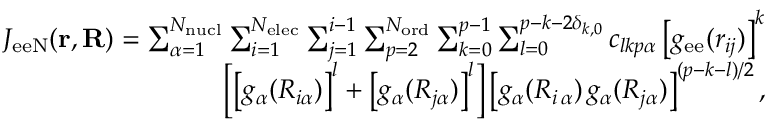
\begin{array} { r } { J _ { \mathrm { e e N } } ( \mathbf { r } , \mathbf { R } ) = \sum _ { \alpha = 1 } ^ { N _ { \mathrm { n u c l } } } \sum _ { i = 1 } ^ { N _ { \mathrm { e l e c } } } \sum _ { j = 1 } ^ { i - 1 } \sum _ { p = 2 } ^ { N _ { \mathrm { o r d } } } \sum _ { k = 0 } ^ { p - 1 } \sum _ { l = 0 } ^ { p - k - 2 \delta _ { k , 0 } } c _ { l k p \alpha } \left[ g _ { \mathrm { e e } } ( { r } _ { i j } ) \right] ^ { k } } \\ { \left[ \left[ g _ { \alpha } ( { R } _ { i \alpha } ) \right] ^ { l } + \left[ g _ { \alpha } ( { R } _ { j \alpha } ) \right] ^ { l } \right] \left[ g _ { \alpha } ( { R } _ { i \, \alpha } ) \, g _ { \alpha } ( { R } _ { j \alpha } ) \right] ^ { ( p - k - l ) / 2 } , } \end{array}